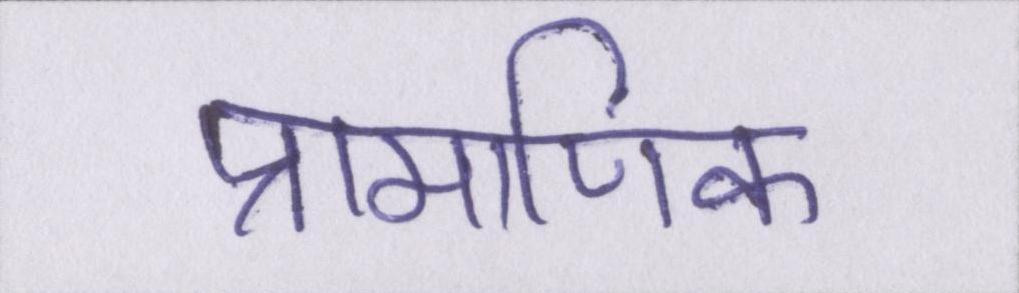
प्रामाणिक